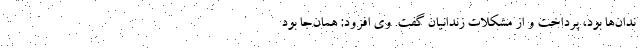
ندان‌ها بود، پرداخت و از مشکلات زندانیان گفت. وی افزود: همان‌جا بود